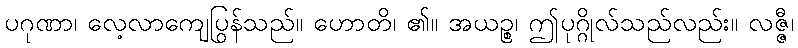
ပဂုဏာ၊ လေ့လာကျေပြွန်သည်။ ဟောတိ၊ ၏။ အယဉ္စ၊ ဤပုဂ္ဂိုလ်သည်လည်း။ လဇ္ဇီ၊